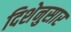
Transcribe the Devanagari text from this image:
दिशेनुसार